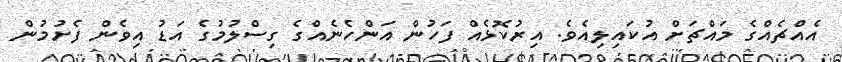
އެއްޗެއްގެ މައްޗަށް އުކައިލިއެވެ. އިރުކޮޅެއް ފަހުން އަންހެނެއްގެ ގިސްލުުމުގެ އަޑު އިވެން ފެށުމުން